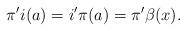
LaTeX: \begin{align*}\pi'i(a)=i'\pi(a)=\pi'\beta(x). \end{align*}